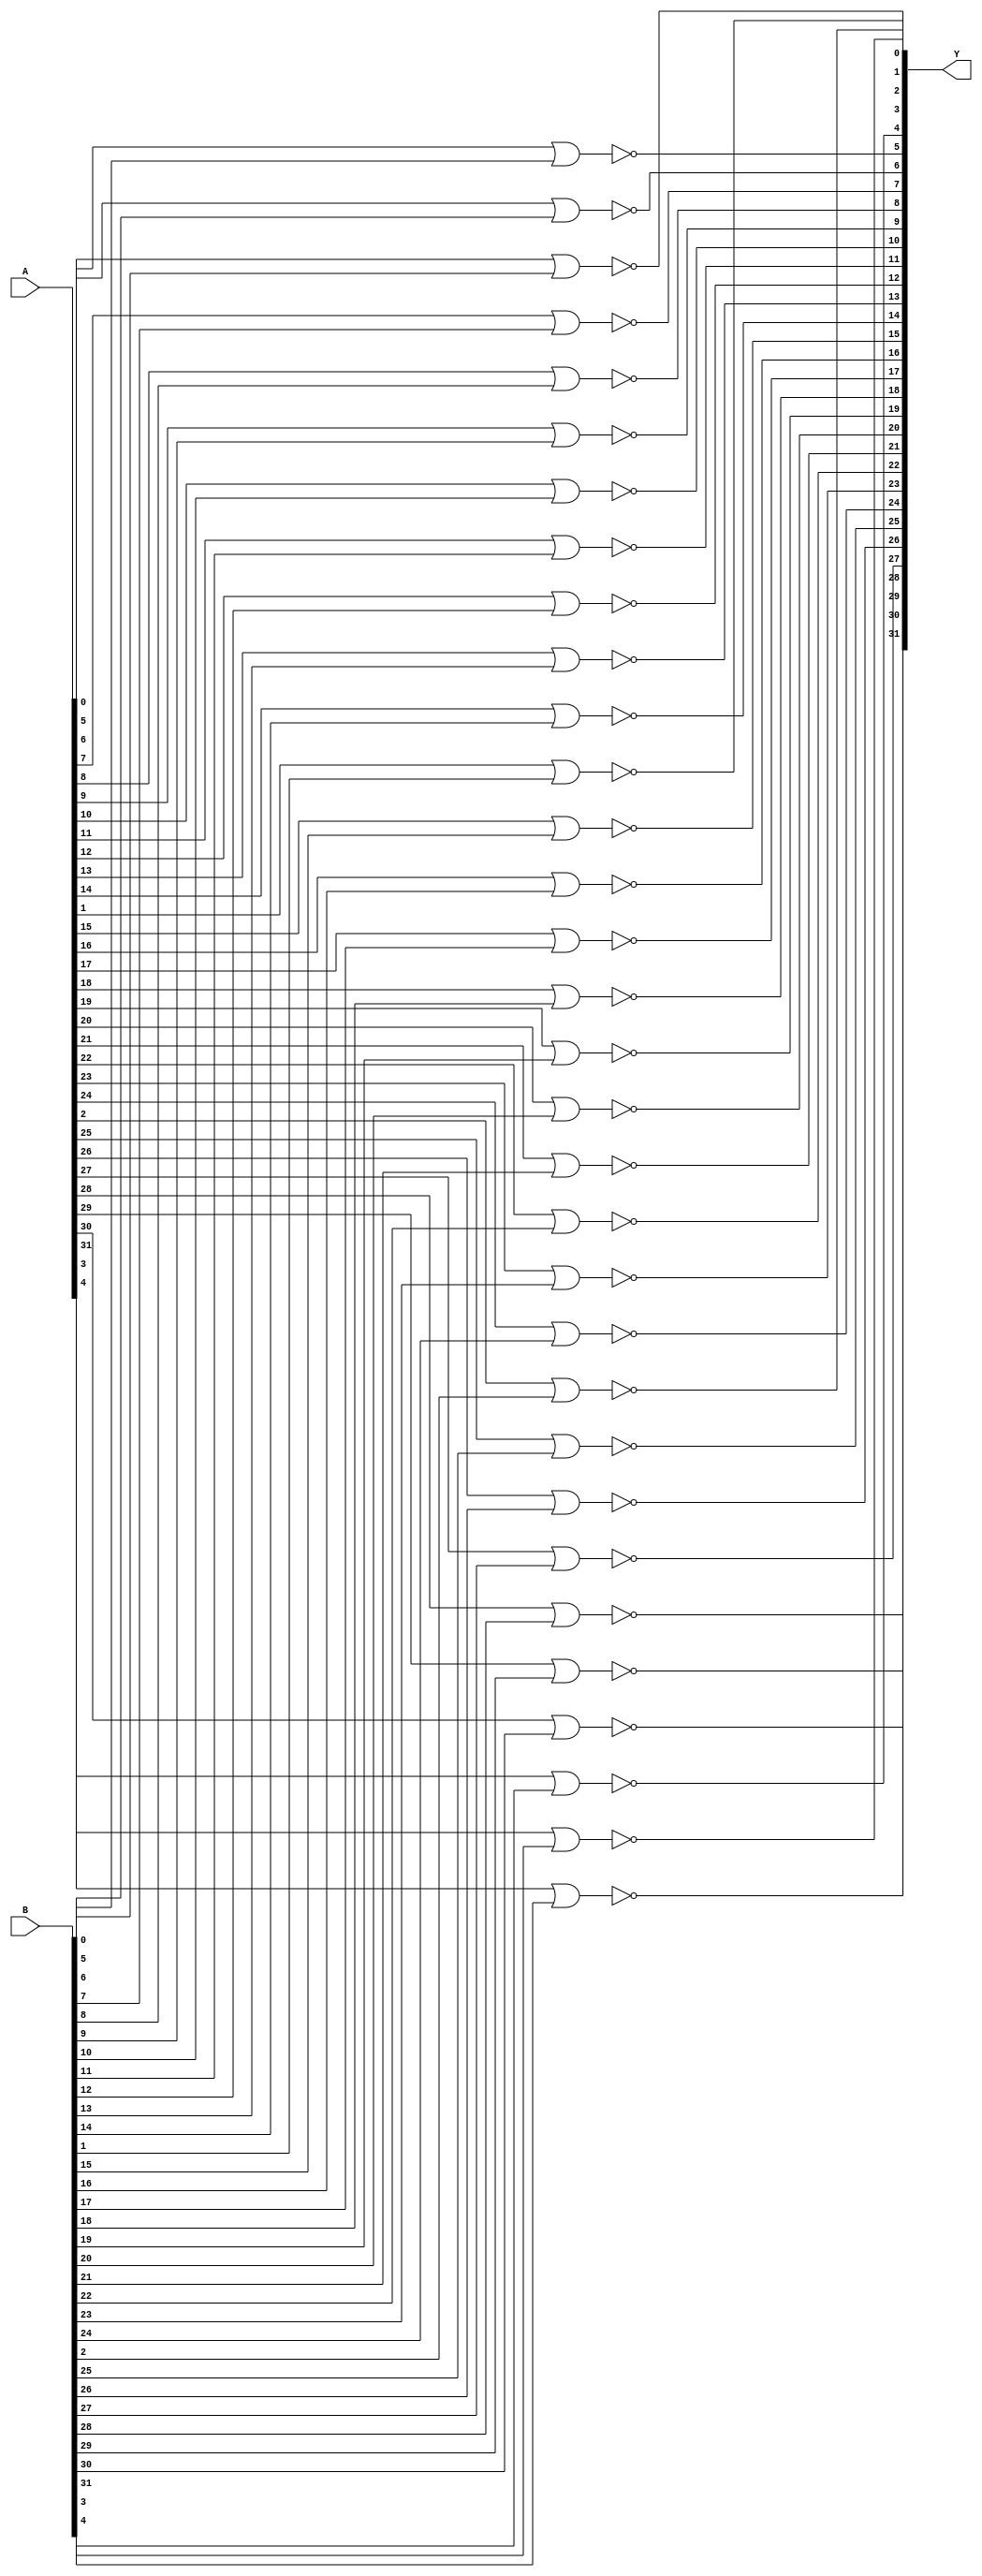
// Name: logic_32_bit.v
// Module: 
// Input: 
// Output: 
//
// Notes: Common definitions
// 
//
// Revision History:
//
// Version	Date		Who		email			note
//------------------------------------------------------------------------------------------
//  1.0     Sep 02, 2014	Kaushik Patra	kpatra@sjsu.edu		Initial creation
//------------------------------------------------------------------------------------------
//

// 32-bit NOR
module NOR32_2x1(Y,A,B);
//output 
output [31:0] Y;
//input
input [31:0] A;
input [31:0] B;

// TBD
genvar i;
generate
	for(i=0; i<32; i=i+1)
	begin: nor2x1_gen_loop
		nor nor2x1_inst(Y[i], A[i], B[i]);
	end
endgenerate

endmodule

// 32-bit AND
module AND32_2x1(Y,A,B);
//output 
output [31:0] Y;
//input
input [31:0] A;
input [31:0] B;

genvar i;
generate
	for(i=0; i<32; i=i+1)
	begin: and2x1_gen_loop
		and and2x1_inst(Y[i], A[i], B[i]);
	end
endgenerate

endmodule

// 32-bit inverter
module INV32_1x1(Y,A);
//output 
output [31:0] Y;
//input
input [31:0] A;

// TBD
genvar i;
generate
	for(i=0; i<32; i=i+1)
	begin: inv2x1_gen_loop
		not inv2x1_inst(Y[i], A[i]);
	end
endgenerate

endmodule

// 32-bit OR
module OR32_2x1(Y,A,B);
//output 
output [31:0] Y;
//input
input [31:0] A;
input [31:0] B;

// TBD
genvar i;
generate
	for(i=0; i<32; i=i+1)
	begin: or2x1_gen_loop
		or or2x1_inst(Y[i], A[i], B[i]);
	end
endgenerate

endmodule